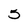
Character: 5